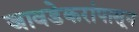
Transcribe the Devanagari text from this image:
जावडेकरांपासून